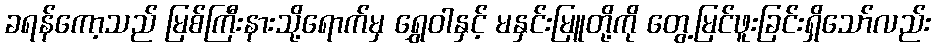
ခရန်ကော့သည် မြစ်ကြီးနားသို့ရောက်မှ ရွှေဝါနှင့် မနှင်းမြူတို့ကို တွေ့မြင်ဖူးခြင်းရှိသော်လည်း